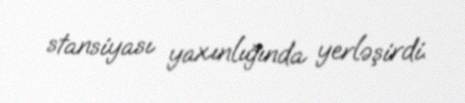
stansiyası yaxınlığında yerləşirdi.